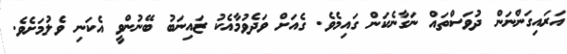
އަރައިގަންނަން ދުވަސްތައް ނަގާނެކަން ގައިމެވެ. ގެއަށް ވަދެވުމާއެކު ޒައިނަބު ބޭނުންވީ އެކަނި ވެލުމަށެވެ.